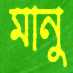
মানু